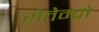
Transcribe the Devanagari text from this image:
सेतेम्ब्रो